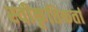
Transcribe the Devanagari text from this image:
स्वीकृतिकर्ता